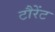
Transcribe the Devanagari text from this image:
टौरेंट